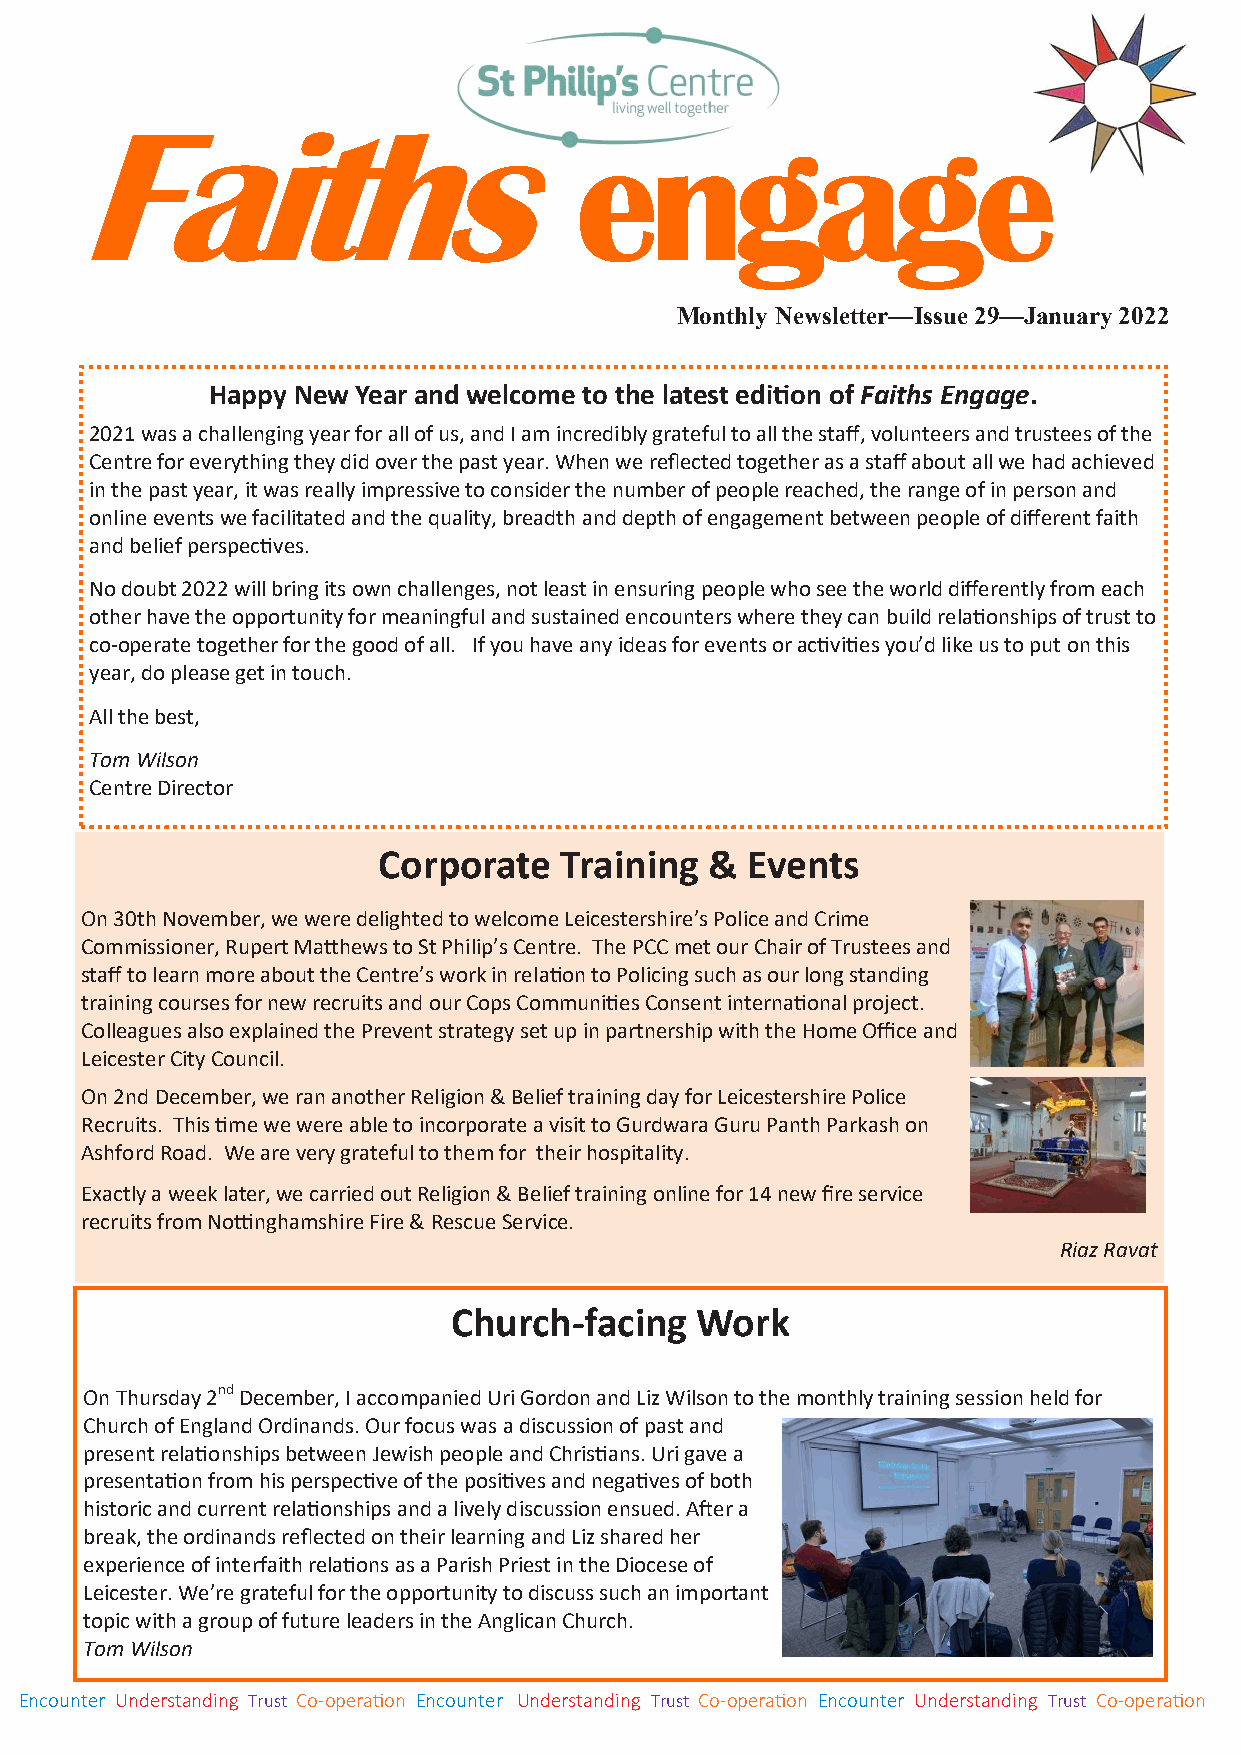
Faiths
 engage
 Monthly Newsletter—Issue 29—January 2022
 Happy New Year and welcome to the latest edition of Faiths Engage.
 2021 was a challenging year for all of us, and I am incredibly grateful to all the staff, volunteers and trustees of the
 Centre for everything they did over the past year. When we reflected together as a staff about all we had achieved
 in the past year, it was really impressive to consider the number of people reached, the range of in person and
 online events we facilitated and the quality, breadth and depth of engagement between people of different faith
 and belief perspectives.
 No doubt 2022 will bring its own challenges, not least in ensuring people who see the world differently from each
 other have the opportunity for meaningful and sustained encounters where they can build relationships of trust to
 co-operate together for the good of all. If you have any ideas for events or activities you’d like us to put on this
 year, do please get in touch.
 All the best,
 Tom Wilson
 Centre Director
 Corporate   Training  & Events
 On 30th November, we were delighted to welcome Leicestershire’s Police and Crime
 Commissioner, Rupert Matthews to St Philip’s Centre. The PCC met our Chair of Trustees and
 staff to learn more about the Centre’s work in relation to Policing such as our long standing
 training courses for new recruits and our Cops Communities Consent international project.
 Colleagues also explained the Prevent strategy set up in partnership with the Home Office and
 Leicester City Council.
 On 2nd December, we ran another Religion & Belief training day for Leicestershire Police
 Recruits. This time we were able to incorporate a visit to Gurdwara Guru Panth Parkash on
 Ashford Road. We are very grateful to them for their hospitality.
 Exactly a week later, we carried out Religion & Belief training online for 14 new fire service
 recruits from Nottinghamshire Fire & Rescue Service.
 Riaz Ravat
 Church-facing   Work
 On Thursday 2nd December, I accompanied Uri Gordon and Liz Wilson to the monthly training session held for
 Church of England Ordinands. Our focus was a discussion of past and
 present relationships between Jewish people and Christians. Uri gave a
 presentation from his perspective of the positives and negatives of both
 historic and current relationships and a lively discussion ensued. After a
 break, the ordinands reflected on their learning and Liz shared her
 experience of interfaith relations as a Parish Priest in the Diocese of
 Leicester. We’re grateful for the opportunity to discuss such an important
 topic with a group of future leaders in the Anglican Church.
 Tom Wilson
 Encounter Understanding Trust Co-operation Encounter Understanding Trust Co-operation Encounter Understanding Trust Co-operation